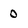
Character: o